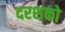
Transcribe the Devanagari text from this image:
दरशको